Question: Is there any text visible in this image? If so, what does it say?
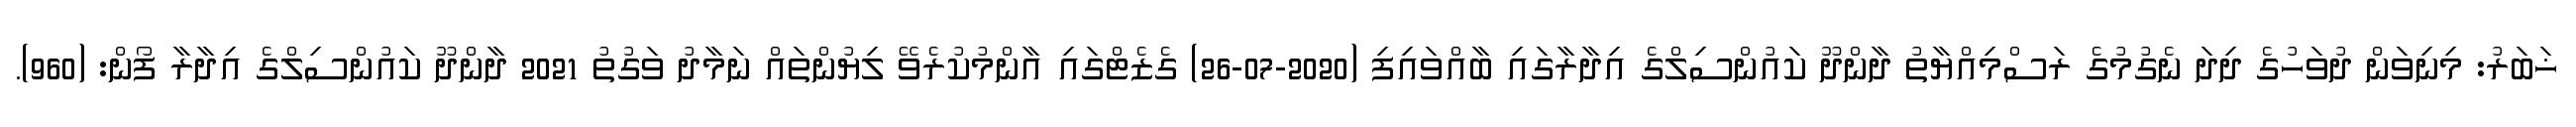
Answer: ޚަބަރު: މިނިވަން ދުވަހުގެ ދިދަ ނެގުމުގެ ރަސްމިއްޔާތު ދާންދޫ ކައުންސިލްގެ އިދާރާގައި ބާއްވައިފި (2020-07-26) ގެޒެޓްގައި އާންމުކުރެވޭ ލިޔުންތައް ނަމާދު ވަގުތު 2021 ދާންދޫ ކައުންސިލްގެ އިދާރާ ފޯން: (960).